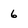
Character: 6